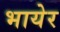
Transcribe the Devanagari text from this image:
भायेर